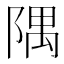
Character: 隅